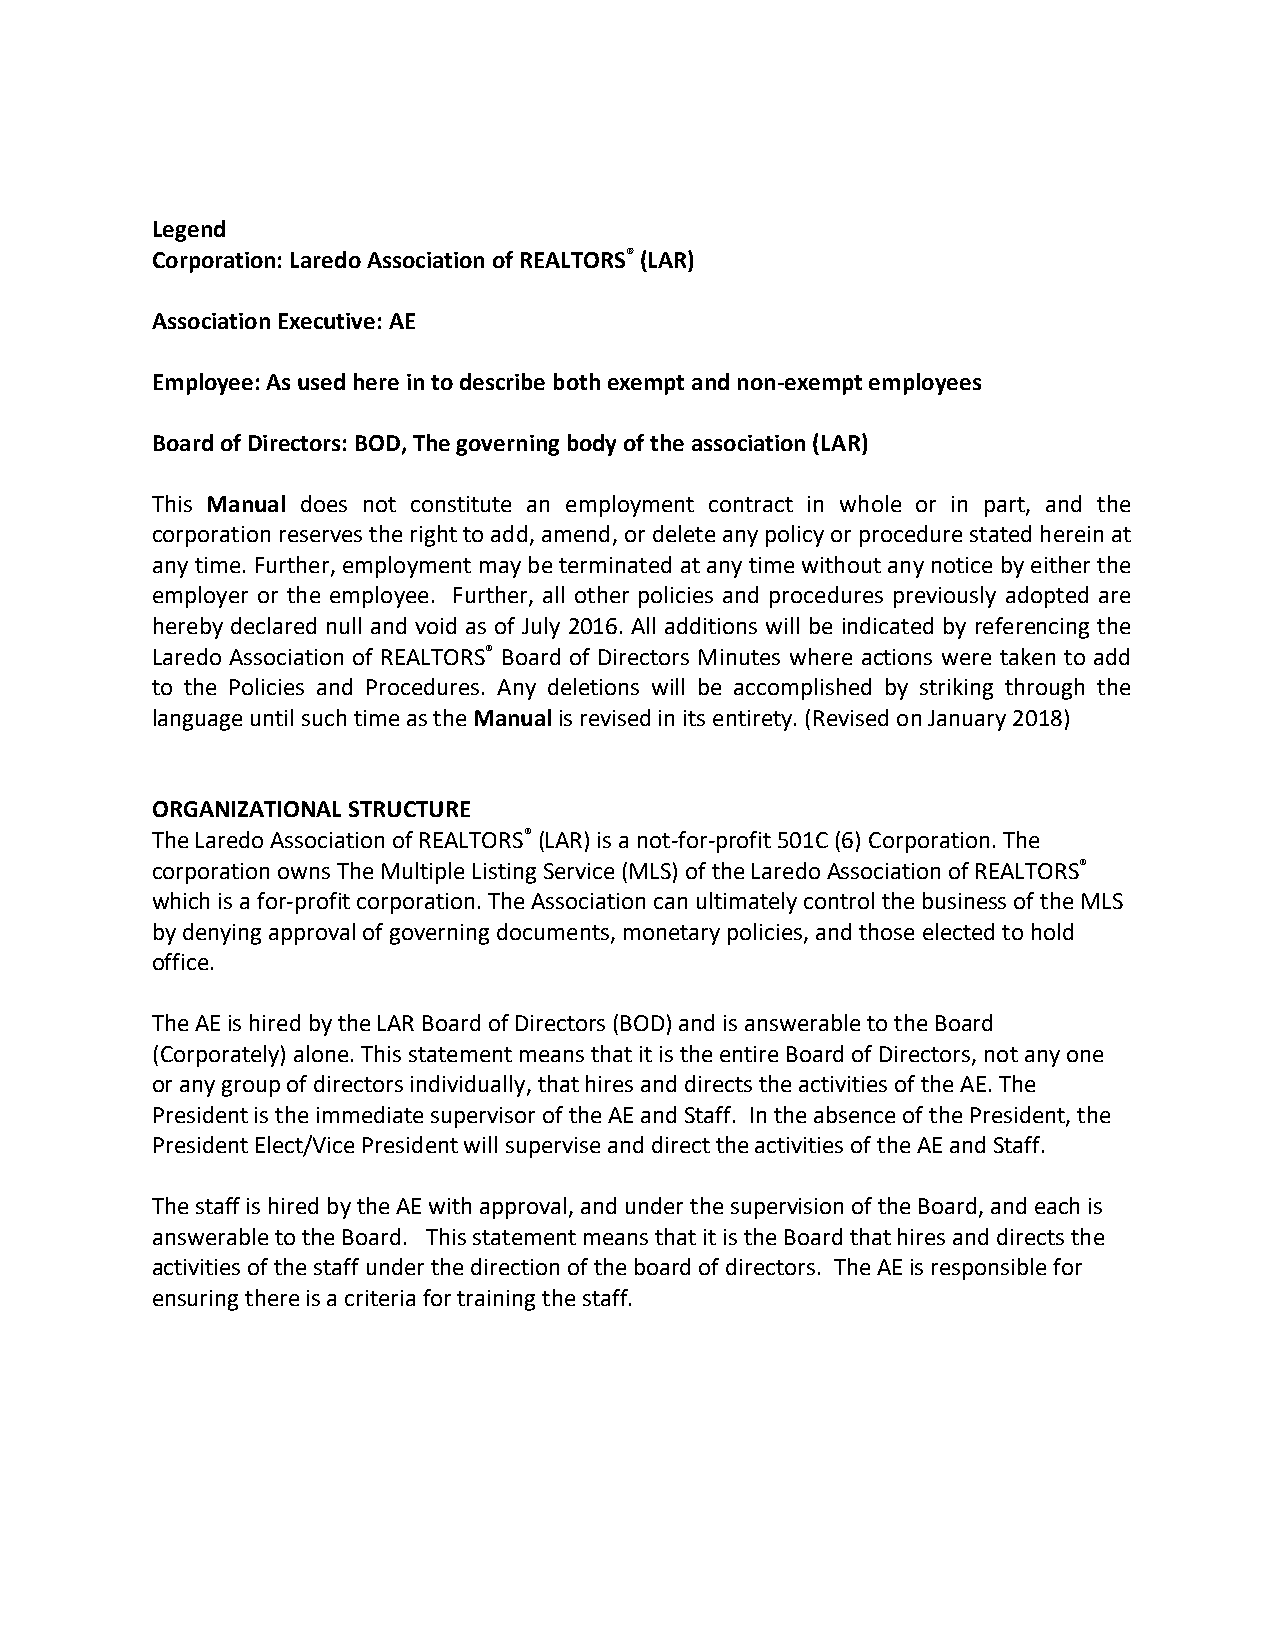
Legend
 Corporation: Laredo Association of REALTORS® (LAR)
 Association Executive: AE
 Employee: As used here in to describe both exempt and non-exempt employees
 Board of Directors: BOD, The governing body of the association (LAR)
 This Manual does not constitute an employment contract in whole or in part, and the
 corporation reserves the right to add, amend, or delete any policy or procedure stated herein at
 any time. Further, employment may be terminated at any time without any notice by either the
 employer or the employee. Further, all other policies and procedures previously adopted are
 hereby declared null and void as of July 2016. All additions will be indicated by referencing the
 Laredo Association of REALTORS® Board of Directors Minutes where actions were taken to add
 to the Policies and Procedures. Any deletions will be accomplished by striking through the
 language until such time as the Manual is revised in its entirety. (Revised on January 2018)
 ORGANIZATIONAL STRUCTURE
 The Laredo Association of REALTORS® (LAR) is a not-for-profit 501C (6) Corporation. The
 corporation owns The Multiple Listing Service (MLS) of the Laredo Association of REALTORS®
 which is a for-profit corporation. The Association can ultimately control the business of the MLS
 by denying approval of governing documents, monetary policies, and those elected to hold
 office.
 The AE is hired by the LAR Board of Directors (BOD) and is answerable to the Board
 (Corporately) alone. This statement means that it is the entire Board of Directors, not any one
 or any group of directors individually, that hires and directs the activities of the AE. The
 President is the immediate supervisor of the AE and Staff. In the absence of the President, the
 President Elect/Vice President will supervise and direct the activities of the AE and Staff.
 The staff is hired by the AE with approval, and under the supervision of the Board, and each is
 answerable to the Board. This statement means that it is the Board that hires and directs the
 activities of the staff under the direction of the board of directors. The AE is responsible for
 ensuring there is a criteria for training the staff.